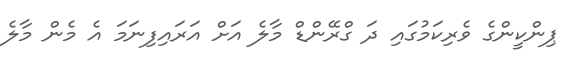
ޕިންކީންގެ ވެރިކަމުގައި ދަ ގްރޭންޑް މާލެ އަށް އަރައިފިނަމަ އެ މެން މާލެ